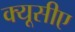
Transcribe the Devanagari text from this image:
क्यूसीए